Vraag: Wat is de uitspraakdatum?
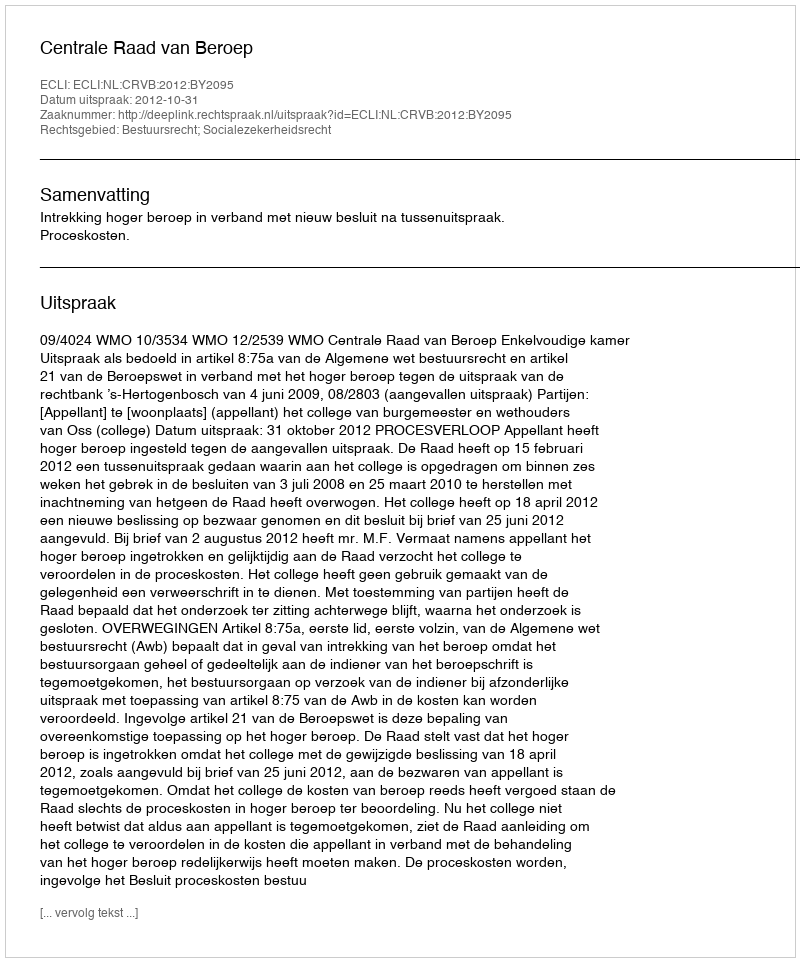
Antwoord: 2012-10-31